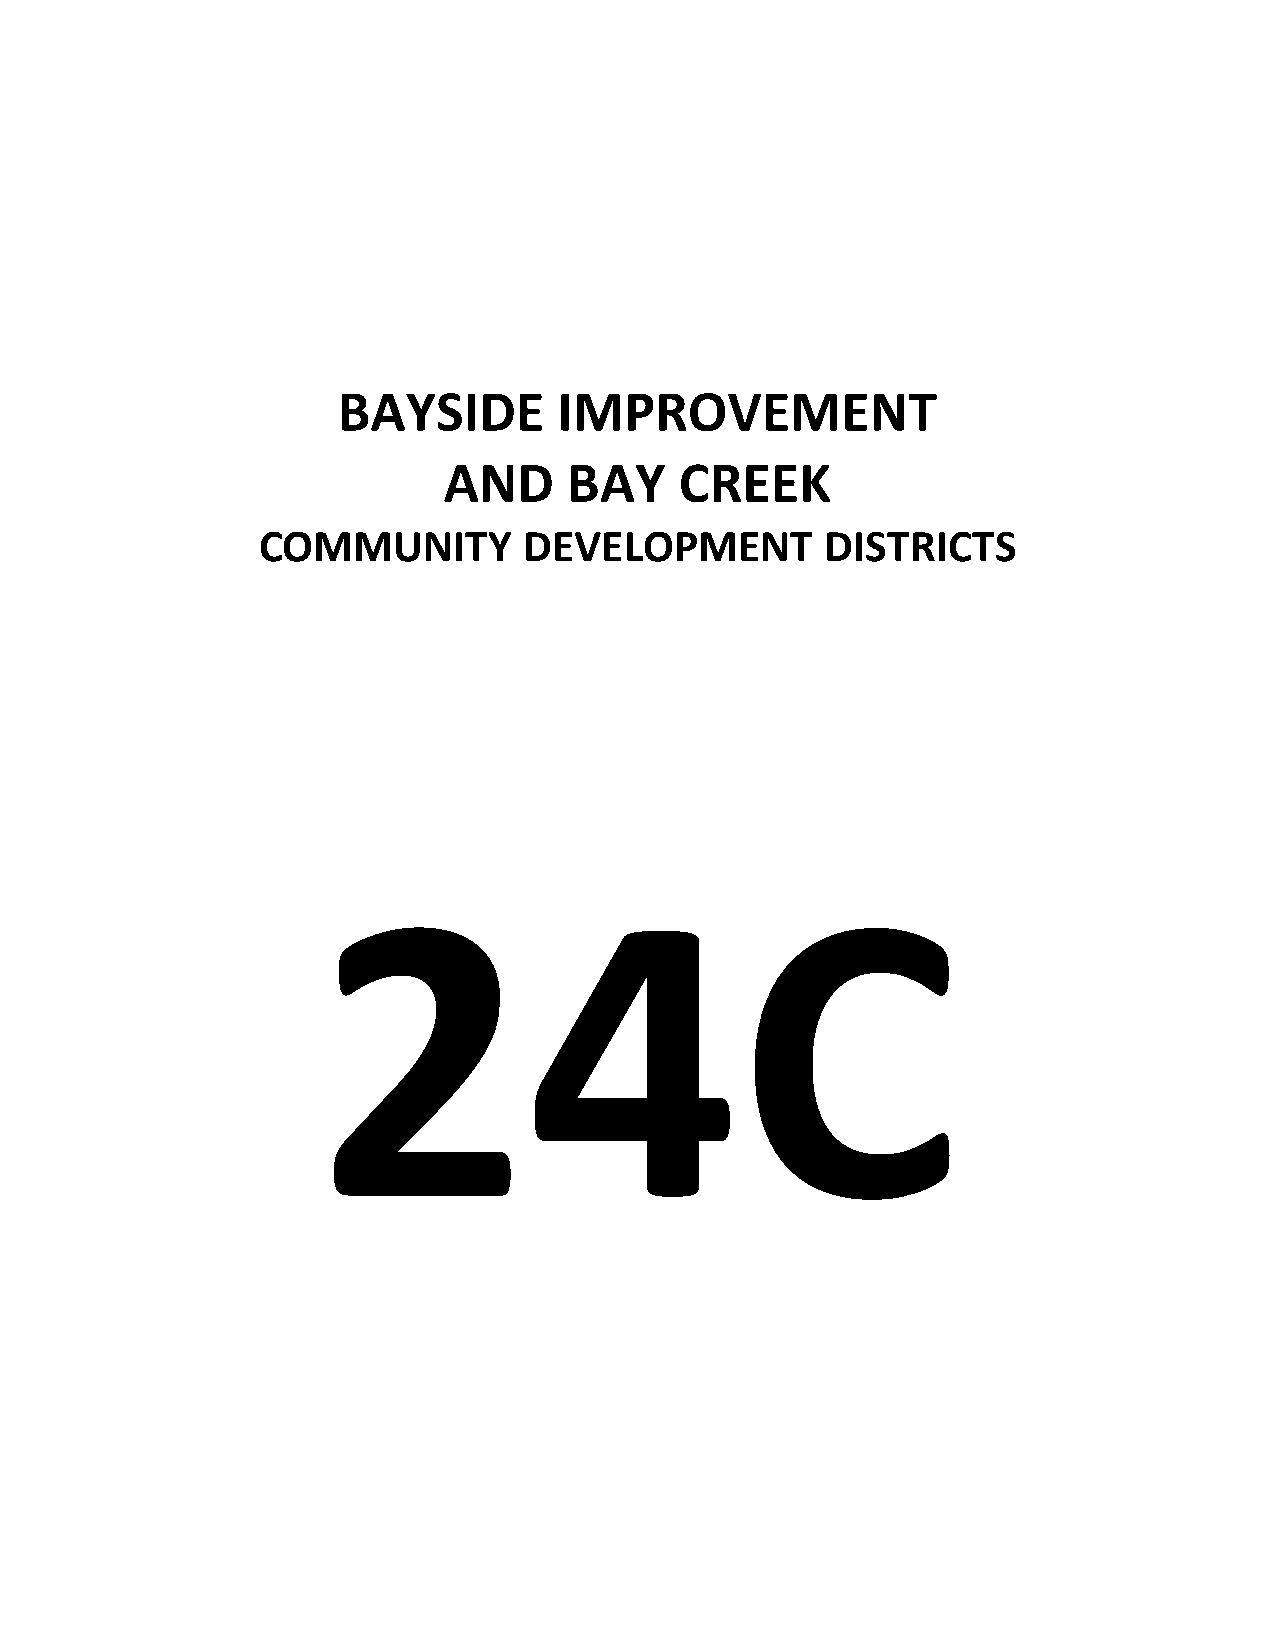
BAYSIDE        IMPROVEMENT
 AND      BAY    CREEK
 COMMUNITY         DEVELOPMENT         DISTRICTS
 24C